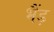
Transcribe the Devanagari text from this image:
भैंड़